Report on the nature of kala-azar
Disease focus: Kala-Azar
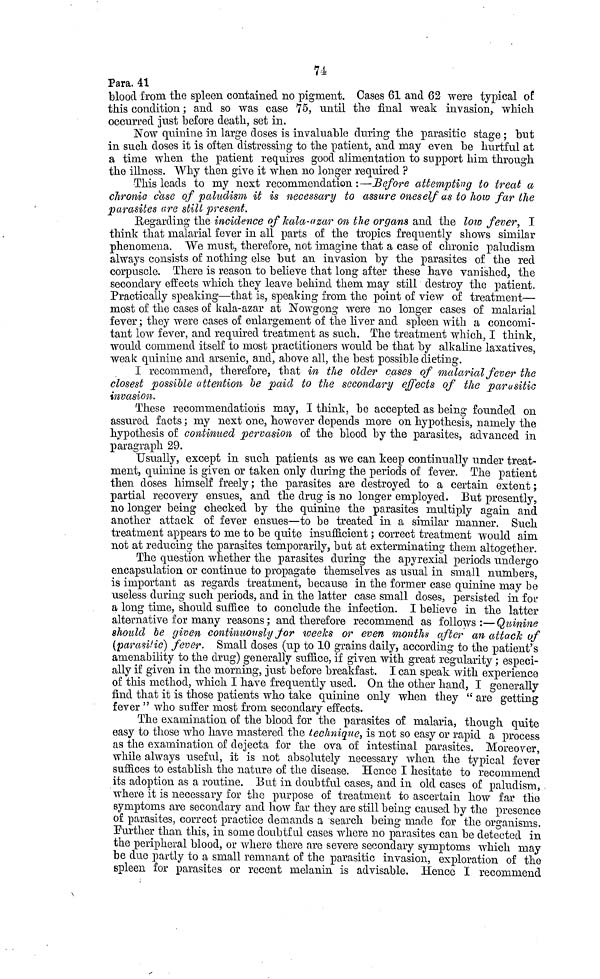
74
Para. 41
blood from the spleen contained no pigment. Cases 61 and 62 were typical of
this condition ; and so was case 75, until the final weak invasion, which
occurred just before death, set in.
Now quinine in large doses is invaluable during the parasitic stage ; but
in such doses it is often distressing to the patient, and may even be hurtful at
a time when the patient requires good alimentation to support him through
the illness. Why then give it when no longer required ?
This leads to my next recommendation :—Before attempting to treat a
chronic case of paludism it is necessary to assure oneself as to how far the
parasites are still present.
Regarding the incidence of kala-azar on the organs and the low fever, I
think that malarial fever in all parts of the tropics frequently shows similar
phenomena. We must, therefore, not imagine that a case of chronic paludism
always consists of nothing else but an invasion by the parasites of the red
corpuscle. There is reason to believe that long after these have vanished, the
secondary effects which they leave behind them may still destroy the patient.
Practically speaking—that is, speaking from the point of view of treatment—
most of the cases of kala-azar at Nowgong were no longer cases of malarial
fever ; they were cases of enlargement of the liver and spleen with a concomi-
tant low fever, and required treatment as such. The treatment which, I think,
would commend itself to most practitioners would be that by alkaline laxatives,
weak quinine and arsenic, and, above all, the best possible dieting.
I recommend, therefore, that in the older cases of malarial fever the
closest possible attention be paid to the secondary effects of the parasitie
invasion.
These recommendations may, I think, be accepted as being founded on
assured facts ; my next one, however depends more on hypothesis, namely the
hypothesis of continued pervasion of the blood by the parasites, advanced in
paragraph 29.
Usually, except in such patients as we can keep continually under treat-
ment, quinine is given or taken only during the periods of fever. The patient
then closes himself freely ; the parasites are destroyed to a certain extent ;
partial recovery ensues, and the drug is no longer employed. But presently,
no longer being checked by the quinine the parasites multiply again and
another attack of fever ensues—to be treated in a similar manner. Such
treatment appears to me to be quite insufficient ; correct treatment would aim
not at reducing the parasites temporarily, but at exterminating them altogether.
The question whether the parasites during the apyrexial periods undergo
encapsulation or continue to propagate themselves as usual in small numbers,
is important as regards treatment, because in the former case quinine may be
useless during such periods, and in the latter case small doses, persisted in for
a long time, should suffice to conclude the infection. I believe in the latter
alternative for many reasons ; and therefore recommend as follows :—Quinine
should be given continuously for weeks or even months after an attack of
(parasitic) fever. Small doses (up to 10 grains daily, according to the patient's
amenability to the drug) generally suffice, if given with great regularity ; especi-
ally if given in the morning, just before breakfast. I can speak with experience
of this method, which I have frequently used. On the other hand, I generally
find that it is those patients who take quinine only when they " are getting
fever " who suffer most from secondary effects.
The examination of the blood for the parasites of malaria, though quite
easy to those who have mastered the technique, is not so easy or rapid a process
as the examination of dejecta for the ova of intestinal parasites. Moreover,
while always useful, it is not absolutely necessary when the typical fever
suffices to establish the nature of the disease. Hence I hesitate to recommend
its adoption as a routine. But in doubtful cases, and in old cases of paludism,
where it is necessary for the purpose of treatment to ascertain how far the
symptoms are secondary and how far they are still being caused by the presence
of parasites, correct practice demands a search being made for the organisms.
Further than this, in some doubtful cases where no parasites can be detected in
the peripheral blood, or where there are severe secondary symptoms which may
be due partly to a small remnant of the parasitic invasion, exploration of the
spleen for parasites or recent melanin is advisable. Hence I recommend